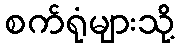
စက်ရုံများသို့